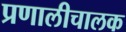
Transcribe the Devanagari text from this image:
प्रणालीचालक